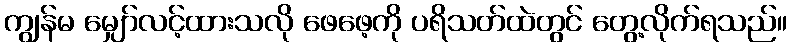
ကျွန်မ မျှော်လင့်ထားသလို ဖေဖေ့ကို ပရိသတ်ထဲတွင် တွေ့လိုက်ရသည်။